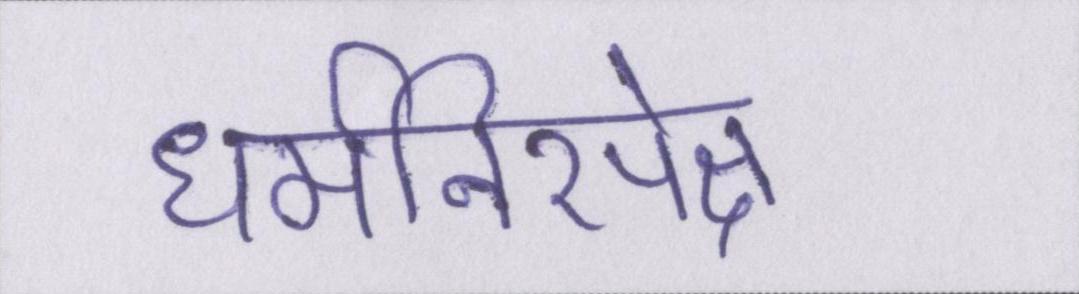
धर्मनिरपेक्ष